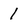
Character: 1